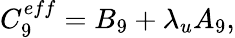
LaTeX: C_{9}^{eff}=B_{9}+\lambda_{u}A_{9},